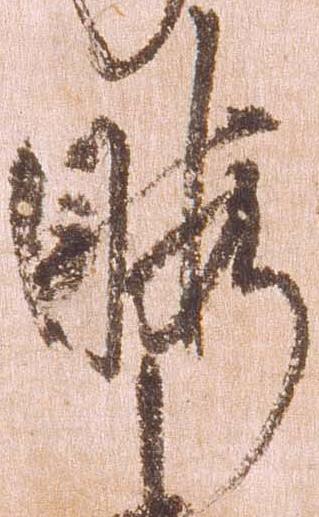
暇